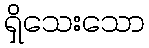
ရှိသေးသော